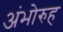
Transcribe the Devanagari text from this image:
अंभोरुह